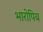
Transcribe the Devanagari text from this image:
भारोपिय